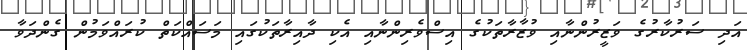
އަދި ސަރުކާރުގެ ވަޒީރުންނާއި ވުޒާރާތަކުގެ އިސްވެރިންނާއި އެކި ދާއިރާތަކުގައި މަސައްކަތް ކުރައްވަމުން ގެންދަވާ